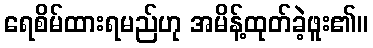
ရေစိမ်ထားရမည်ဟု အမိန့်ထုတ်ခဲ့ဖူး၏။